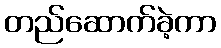
တည်ဆောက်ခဲ့ကာ